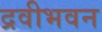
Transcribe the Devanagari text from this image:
द्रवीभवन